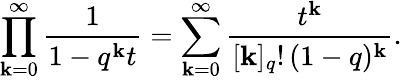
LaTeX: \prod_{\mathbf{k}=0}^{\infty}{\frac{{1}}{{1-q^{\mathbf{k}}t}}}=\sum_{\mathbf{k}=0}^{\infty}{\frac{{t^{\mathbf{k}}}}{{[\mathbf{k}]_{q}!\, (1-q)^{\mathbf{k}}}}}.